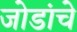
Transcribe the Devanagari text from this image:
जोडांचे